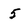
Character: 5